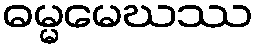
ဓမ္မမေဃဿ